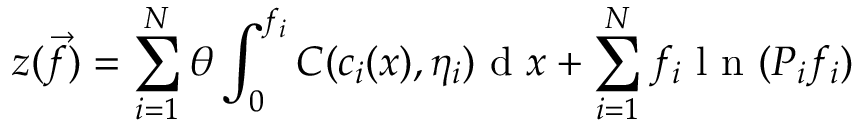
z ( \vec { f } ) = \sum _ { i = 1 } ^ { N } \theta \int _ { 0 } ^ { f _ { i } } C ( c _ { i } ( x ) , \eta _ { i } ) \mathrm { ~ d ~ } x + \sum _ { i = 1 } ^ { N } f _ { i } \mathrm { ~ l ~ n ~ } ( P _ { i } f _ { i } )